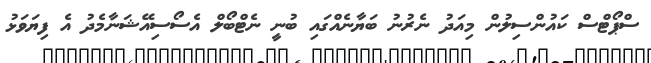
ސްޕޯޓްސް ކައުންސިލުން މިއަދު ނެރުނު ބަޔާނެއްގައި ބުނީ ނެޓްބޯލް އެސޯސިއޭޝަނާމެދު އެ ފިޔަވަޅު